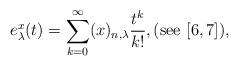
LaTeX: \begin{align*}e_{\lambda}^{x}(t)=\sum_{k=0}^{\infty}(x)_{n,\lambda}\frac{t^{k}}{k!},(\mathrm{see}\ [6,7]), \end{align*}